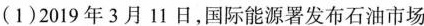
(1)2019年3月11日，国际能源署发布石油市场